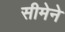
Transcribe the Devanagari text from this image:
सीमेने